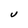
Character: U